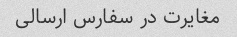
مغایرت در سفارس ارسالی